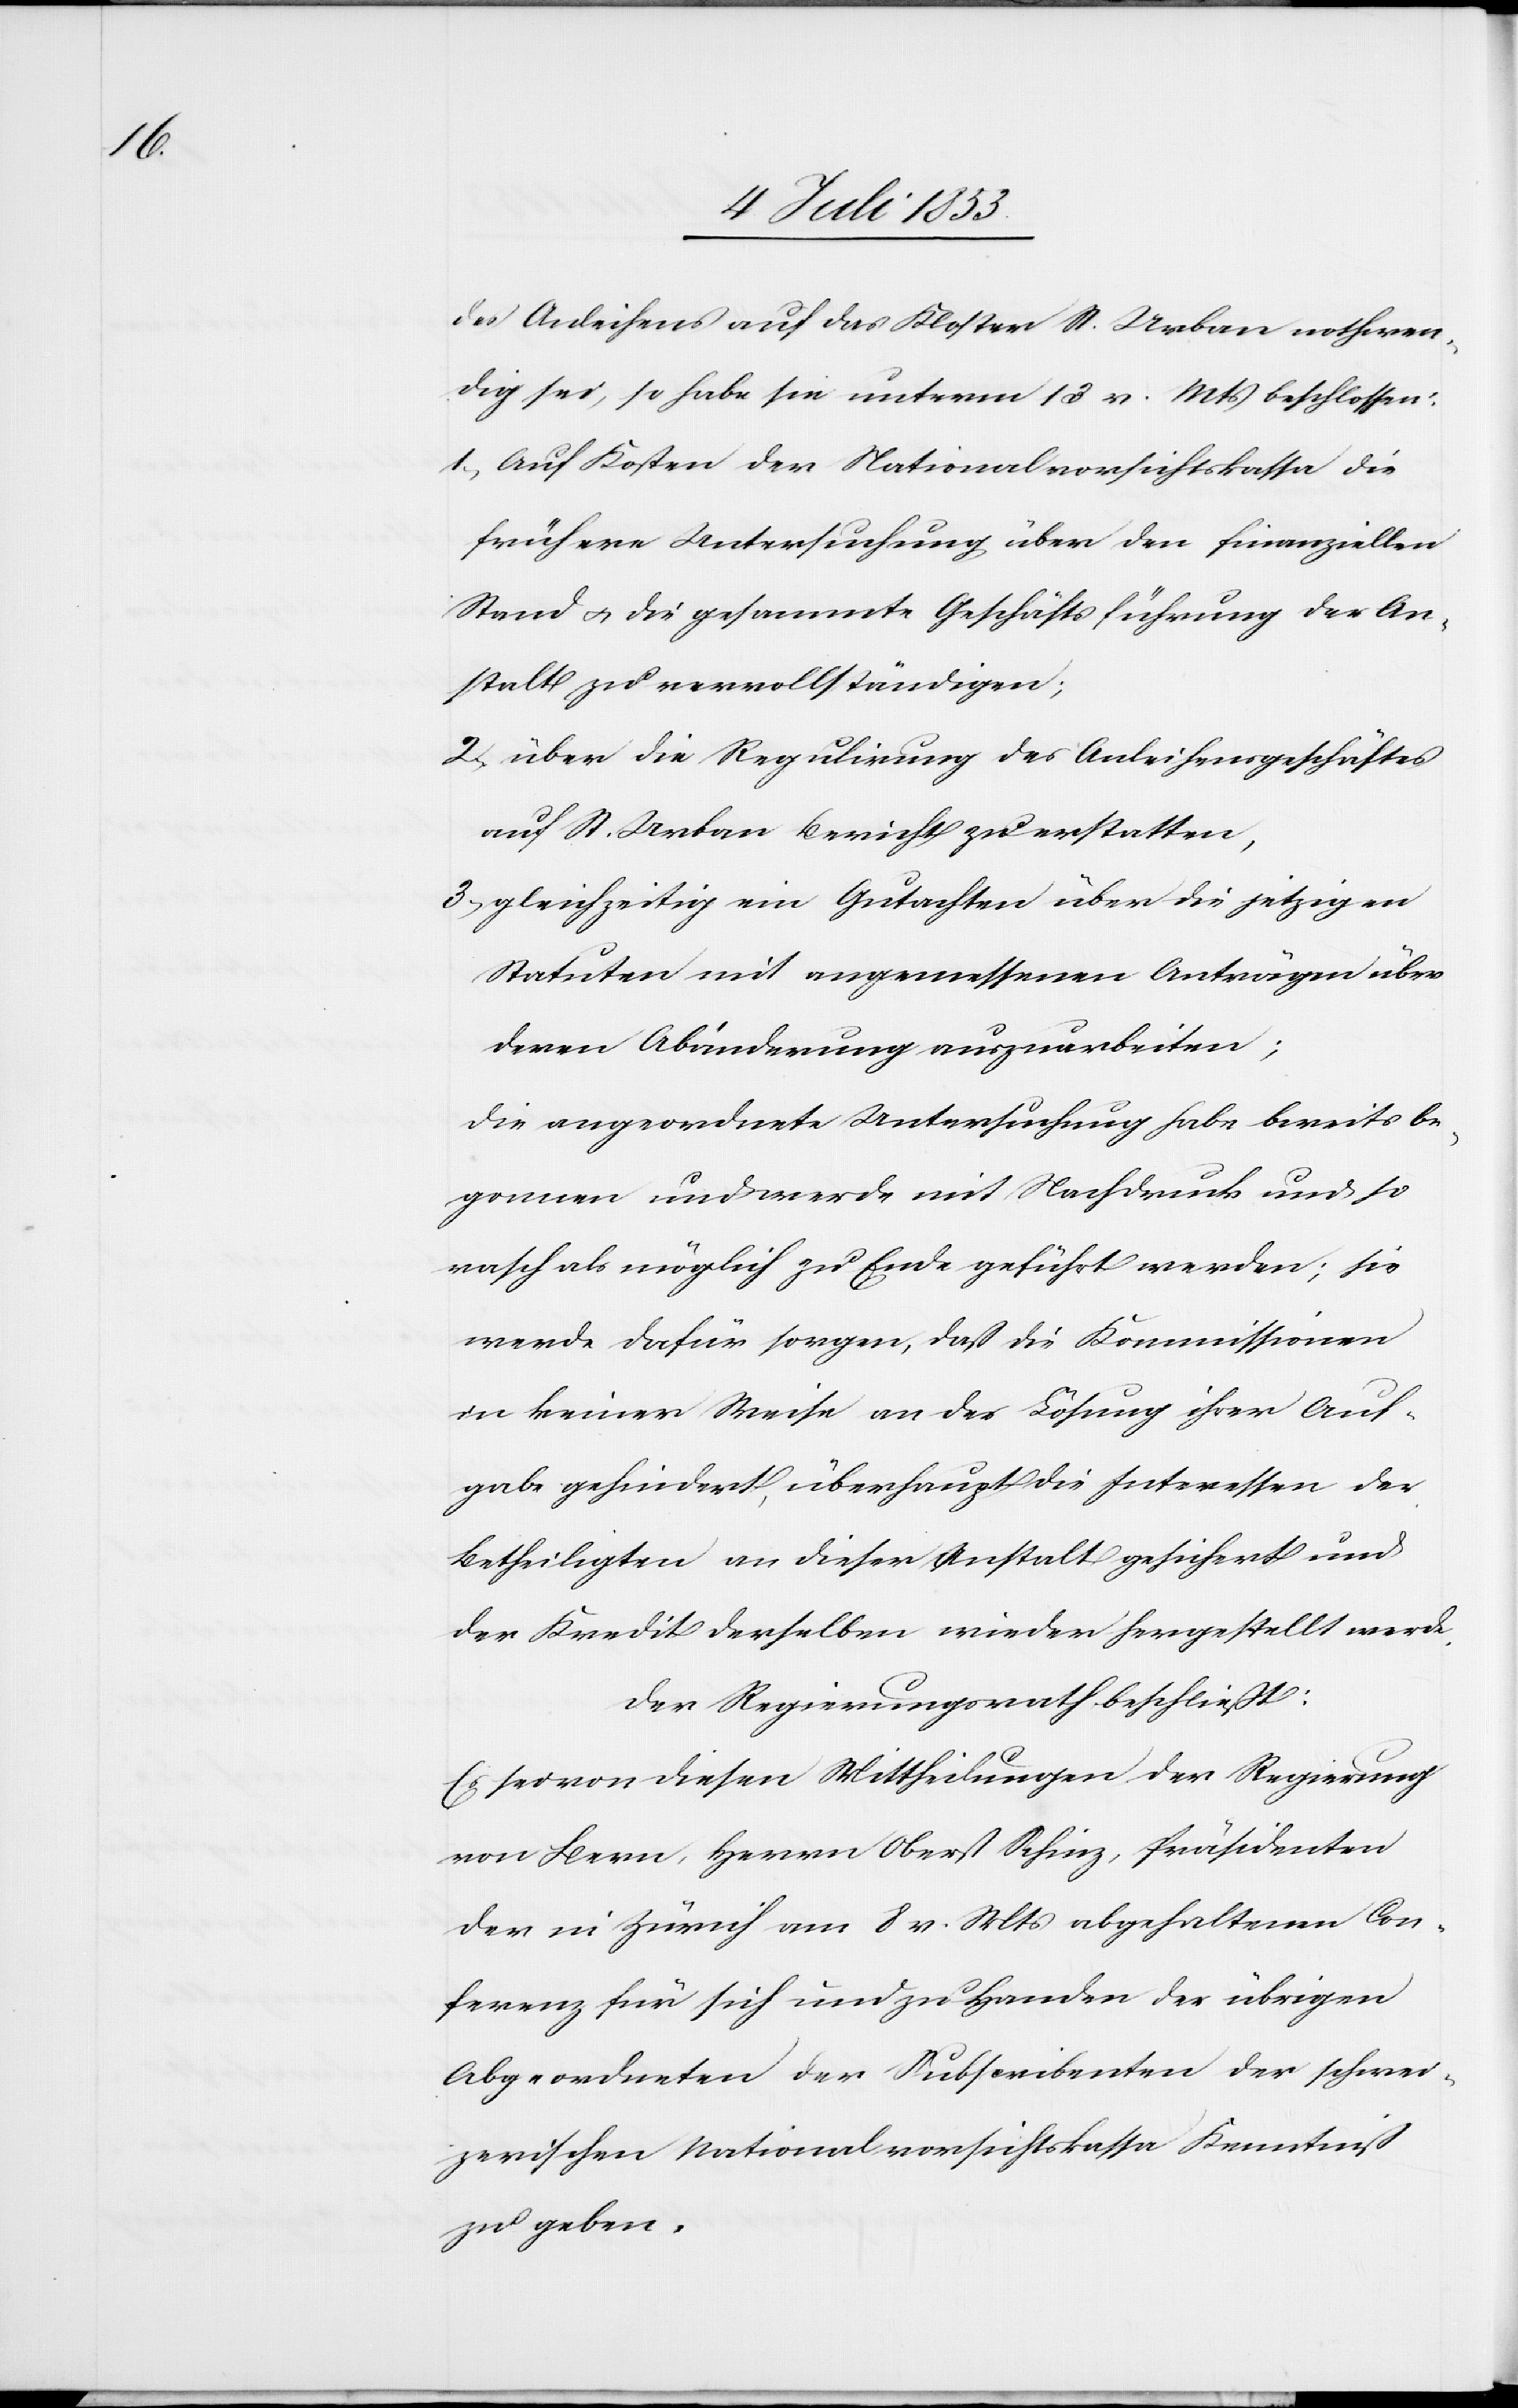
des Anleihens auf das Kloster St. Urban nothwen¬
dig sei, so habe sie unterm 13 v. Mts. beschlossen:
1. Auf Kosten der Nationalvorsichtskassa die
frühere Untersuchung über den finanziellen
Stand u. die gesammte Geschäftsführung der An¬
stalt zu vervollständigen;
2. über die Regulirung des Anleihungsgeschäftes
auf St. Urban Bericht zu erstatten,
3. gleichzeitig ein Gutachten über die jetzigen
Statuten mit angemessenen Anträgen über
deren Abänderung auszuarbeiten;
die angeordnete Untersuchung habe bereits be¬
gonnen und werde mit Nachdruck und so
rasch als möglich zu Ende geführt werden; sie
werde dafür sorgen, daß die Kommissionen
in keiner Weise an der Lösung ihrer Auf¬
gabe gehindert, überhaupt die Interessen der
Betheiligten an dieser Anstalt gesichert und
der Kredit derselben wieder hergestellt werde.
Der Regierungsrath beschließt:
Es sei von diesen Mittheilungen der Regierung
von Bern, Herrn Oberst Schinz, Präsidenten
der in Zürich am 8 v. Mts. abgehaltenen Con¬
ferenz für sich zu Handen der übrigen
Abgeordneten der Subscribenten der schwei¬
zerischen Nationalvorsichtskassa Kenntniß
zu geben.